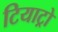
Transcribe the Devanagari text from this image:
टियाट्रो